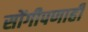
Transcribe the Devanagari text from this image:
सोंगीपणाही